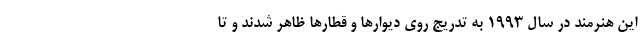
این هنرمند در سال ۱۹۹۳ به تدریج روی دیوارها و قطارها ظاهر شدند و تا